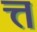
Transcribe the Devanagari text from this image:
त्त